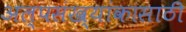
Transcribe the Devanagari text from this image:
अल्पसंख्यांकासाठी